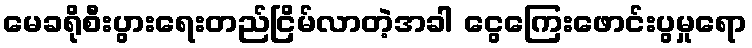
မေခရိုစီးပွားရေးတည်ငြိမ်လာတဲ့အခါ ငွေကြေးဖောင်းပွမှုရော